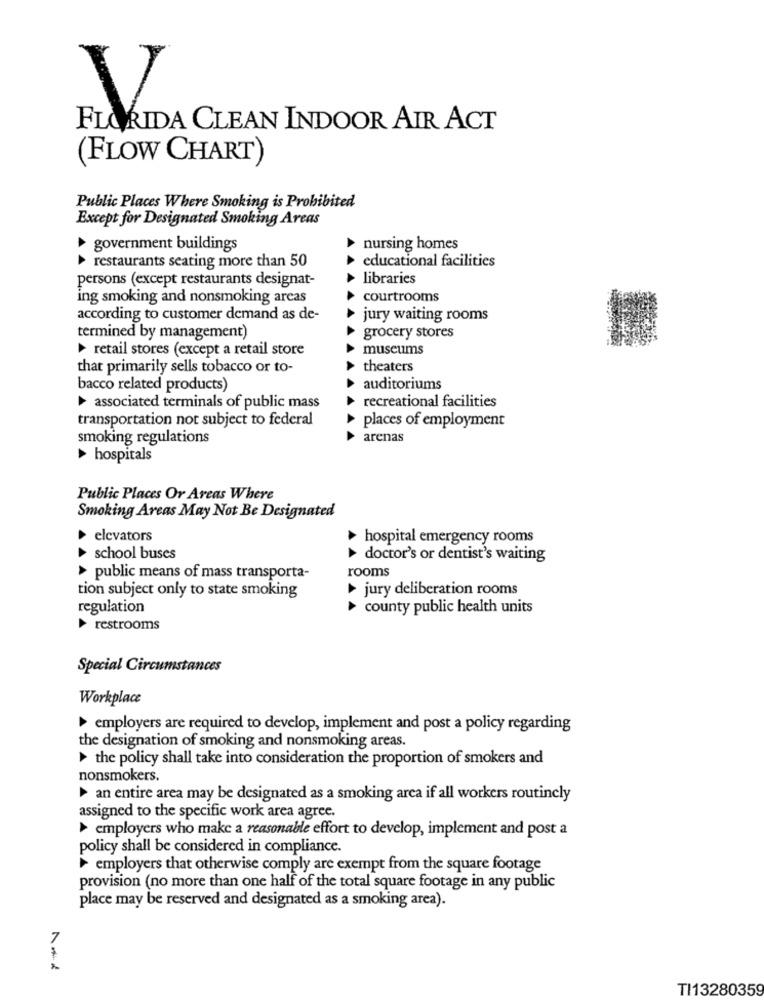
FLORIDA CLEAN INDOOR AIR ACT
(FLOW CHART)
Public Places Where Smoking is Prohibited
Except for Designated Smoking Areas
A
government buildings
nursing homes
educational facilities
restaurants seating more than 50
A
persons (except restaurants designat-
libraries
ing smoking and nonsmoking areas
courtrooms
according to customer demand as de-
jury waiting rooms
termined by management)
grocery stores
retail stores (except a retail store
museums
that primarily sells tobacco or to-
theaters
bacco related products)
auditoriums
associated terminals of public mass
recreational facilities
transportation not subject to federal
places of employment
smoking regulations
arenas
hospitals
Public Places Or Areas Where
Smoking Areas May Not Be Designated
elevators
hospital emergency rooms
A
school buses
doctor's or dentist's waiting
rooms
> public means of mass transporta-
tion subject only to state smoking
jury deliberation rooms
regulation
county public health units
restrooms
Special Circumstances
Workplace
employers are required to develop, implement and post a policy regarding
the designation of smoking and nonsmoking areas.
the policy shall take into consideration the proportion of smokers and
nonsmokers.
an entire area may be designated as a smoking area if all workers routinely
assigned to the specific work area agree.
employers who make a reasonable effort to develop, implement and post a
policy shall be considered in compliance.
employers that otherwise comply are exempt from the square footage
provision (no more than one half of the total square footage in any public
place may be reserved and designated as a smoking area).
7
TI13280359